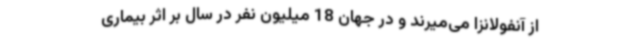
از آنفولانزا می‌میرند و در جهان 18 میلیون نفر در سال بر اثر بیماری